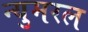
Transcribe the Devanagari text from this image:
न्युमरल